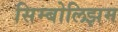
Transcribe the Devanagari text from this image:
सिम्बोलिझम